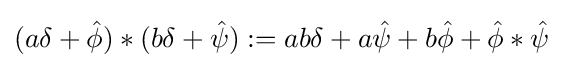
(a\delta +{\hat {\phi }})*(b\delta +{\hat {\psi }}):=ab\delta +a{\hat {\psi }}+b{\hat {\phi }}+{\hat {\phi }}*{\hat {\psi }}